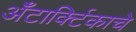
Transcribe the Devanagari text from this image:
अँटार्क्टिकाचे